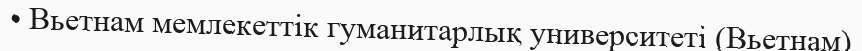
• Вьетнам мемлекеттік гуманитарлық университеті (Вьетнам)